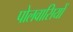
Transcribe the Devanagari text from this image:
पोलवासियों